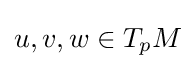
u,v,w\in T_{p}M